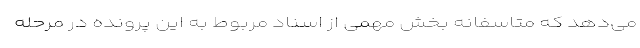
می‌دهد که متاسفانه بخش مهمی از اسناد مربوط به این پرونده در مرحله